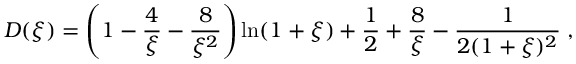
D ( \xi ) = \left( 1 - \frac { 4 } { \xi } - \frac { 8 } { \xi ^ { 2 } } \right) \ln ( 1 + \xi ) + \frac { 1 } { 2 } + \frac { 8 } { \xi } - \frac { 1 } { 2 ( 1 + \xi ) ^ { 2 } } \; ,